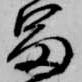
富